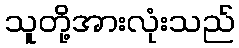
သူတို့အားလုံးသည်